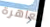
العاهرة